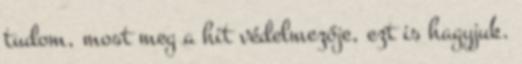
tudom, most meg a hit védelmezője, ezt is hagyjuk.